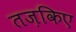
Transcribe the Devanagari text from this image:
तज़किए